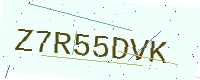
Text: Z7R55DVK